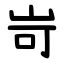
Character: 岢